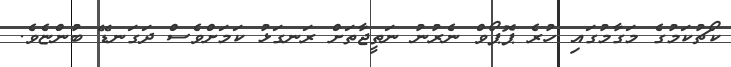
ކޯޗުކަމުގެ މަގާމުގައި ހުރެ ޕޮޕޯވް ނެރުނު ނަތީޖާތަށް ރަނގަޅު ކަމަށްވެސް ދަގަނޑޭ ބުންޏެވެ.